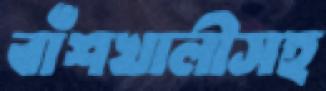
বাঁশখালীসহ